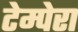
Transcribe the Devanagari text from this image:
टेम्पेरा